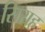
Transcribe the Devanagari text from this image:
सिराह